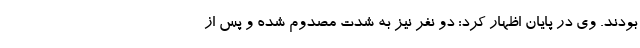
بودند. وی در پایان اظهار کرد: دو نفر نیز به شدت مصدوم شده و پس از